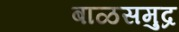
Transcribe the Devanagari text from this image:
बाळसमुद्र